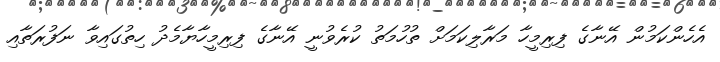
އެހެންކަމުން އޭނާގެ ފިރިމީހާ މަރާލިކަމަށް ތުހުމަތު ކުރެވުނީ އޭނާގެ ފިރިމީހާޔާމެދު ހިތުގައިވާ ނަފުރަތާއި